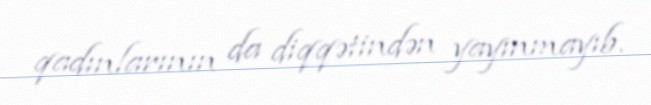
qadınlarının da diqqətindən yayınmayıb.